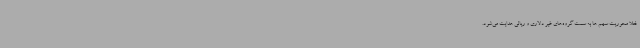
فعلا محوریت سهم ها به سمت گروه‌های غیر دلاری و ریالی هدایت می‌شود.